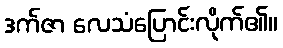
ဒက်ဇာ လေသံပြောင်းလိုက်၏။